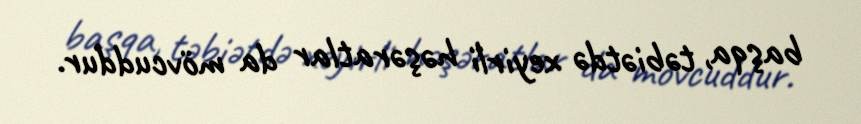
başqa, təbiətdə xeyirli həşəratlar da mövcuddur.